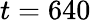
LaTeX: t=640